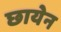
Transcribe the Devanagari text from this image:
छायेन